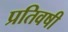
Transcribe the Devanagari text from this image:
प्रतिवषी